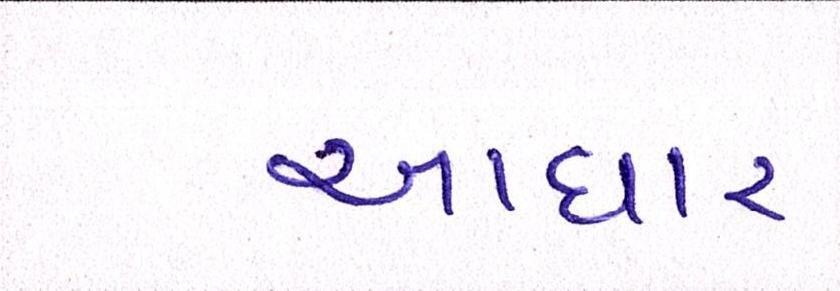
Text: આધાર